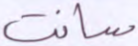
سانت